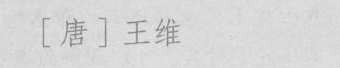
〔唐]王维